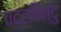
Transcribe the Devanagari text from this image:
चंद्रबिन्दु